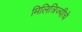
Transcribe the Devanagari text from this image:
मिलित्रिज्यीचे